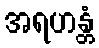
အရဟန္တံ